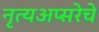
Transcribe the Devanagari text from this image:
नृत्यअप्सरेचे